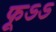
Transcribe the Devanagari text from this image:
फूऽऽ